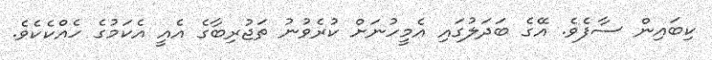
ކިބައިން ސާފެވެ. އޭގެ ބަދަލުގައި އެމީހުނަށް ކުރެވުނު ތަޖުރިބާގެ އެއީ އެކަމުގެ ހެއްކެކެވެ.